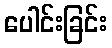
ပေါင်းခြင်း